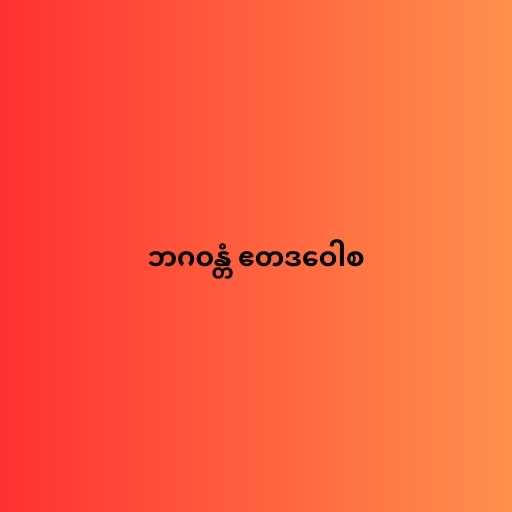
ဘဂဝန္တံ ဧတဒဝေါစ